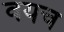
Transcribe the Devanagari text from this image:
वयच